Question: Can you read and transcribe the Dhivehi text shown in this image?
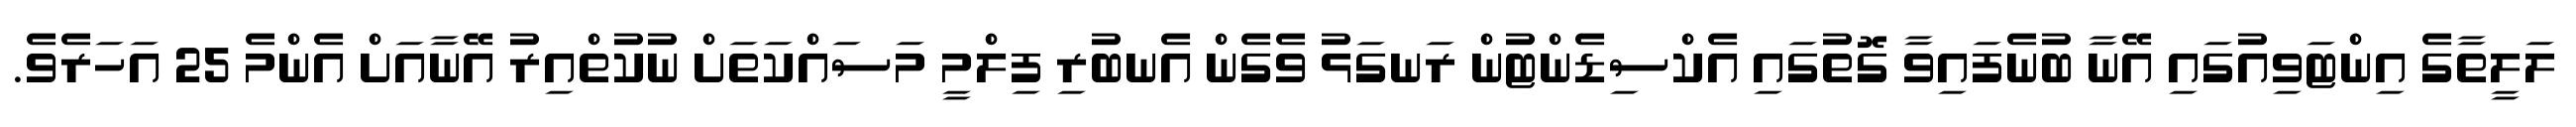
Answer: ލަލީތާގެ އިންޓަވިއުގައި އޭނާ ބުނެފައިވާ ގޮތުގައި އެކްސިޑެންޓުން ރަނގަޅު ވެގެން އެނބުރި ފިލްމީ މަސައްކަތަށް ނުކުތްއިރު އޭނާއަށް އެންމެ 25 އަހަރެވެ.